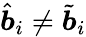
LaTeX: \hat{\boldsymbol{b}}_{i}\neq\tilde{\boldsymbol{b}}_{i}